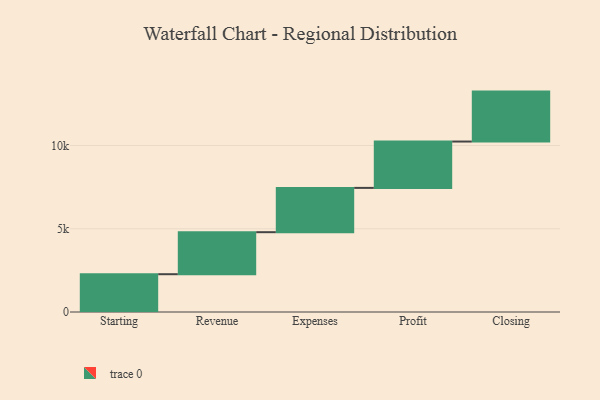
{"axis": {"x": "Step", "y": "Value"}, "legend": [""], "data": [{"x": "Starting", "y": 2270.0, "type": ""}, {"x": "Revenue", "y": 2524.0, "type": ""}, {"x": "Expenses", "y": 2661.0, "type": ""}, {"x": "Profit", "y": 2784.0, "type": ""}, {"x": "Closing", "y": 3000, "type": ""}]}